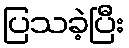
ပြသခဲ့ပြီး